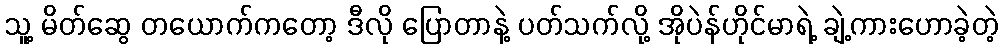
သူ့ မိတ်ဆွေ တယောက်ကတော့ ဒီလို ပြောတာနဲ့ ပတ်သက်လို့ အိုပဲန်ဟိုင်မာရဲ့ ချဲ့ကားဟောခဲ့တဲ့